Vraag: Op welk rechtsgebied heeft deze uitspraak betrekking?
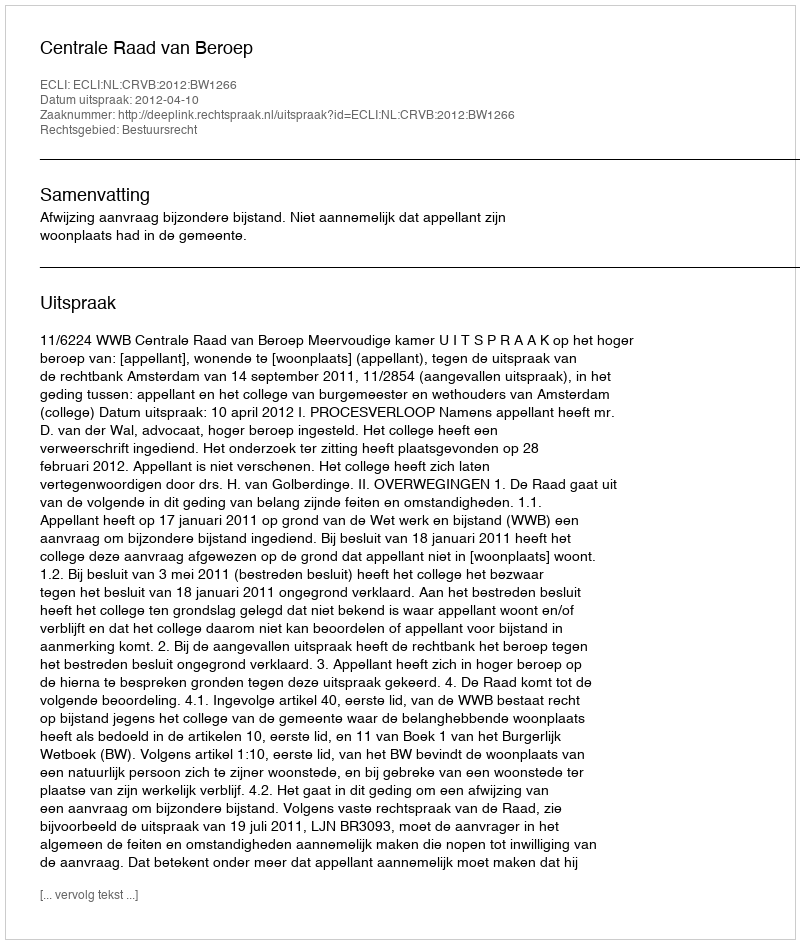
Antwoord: Bestuursrecht